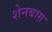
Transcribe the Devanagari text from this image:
शेनबाग़